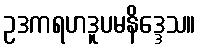
ဥဒကရဟဒူပမနိဒ္ဒေသ။